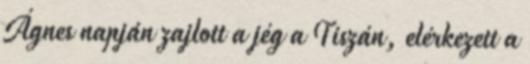
Ágnes napján zajlott a jég a Tiszán, elérkezett a